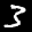
Label: 3